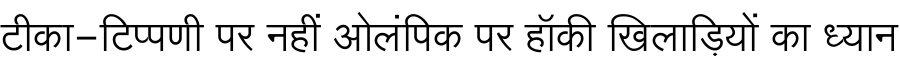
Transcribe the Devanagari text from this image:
टीका-टिप्पणी पर नहीं ओलंपिक पर हॉकी खिलाड़ियों का ध्यान